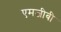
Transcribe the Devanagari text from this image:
एमजीबी